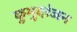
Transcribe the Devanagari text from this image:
कुमुदरंजन